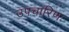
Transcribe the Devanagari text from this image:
उपचारिणः